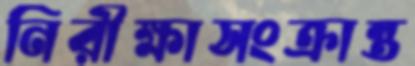
নিরীক্ষাসংক্রান্ত